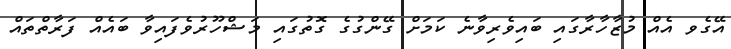
އޭގެވ އެއް މުޒާހާރާގައި ބައިވެރިވާނެ ކަމަށް ގޭންގުގެ ގޮތުގައި މަޝްހޫރުވެފައިވާ ބައެއް ފަރާތްތައް